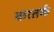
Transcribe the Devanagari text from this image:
कातर्क